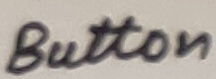
Text: Button